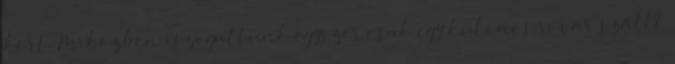
kört. Miközben iszogattunk egyszer csak egy különös rovar szállt